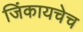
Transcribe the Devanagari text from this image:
जिंकायचेच